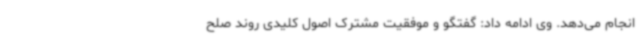
انجام می‌دهد. وی ادامه داد: گفتگو و موفقیت مشترک اصول کلیدی روند صلح